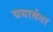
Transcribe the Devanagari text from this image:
ययार्थता